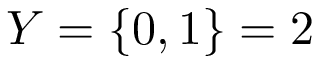
Y = \{ 0 , 1 \} = 2